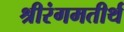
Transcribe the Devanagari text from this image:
श्रीरंगमतीर्थ